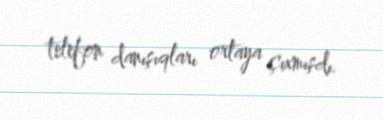
telefon danışıqları ortaya çıxmışdı.